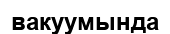
вакуумында